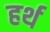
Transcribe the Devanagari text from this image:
हर्थ